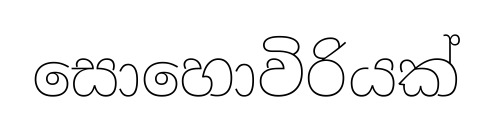
සොහොවිරියක්